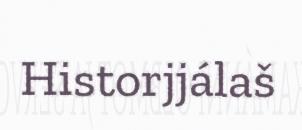
Historjjálaš